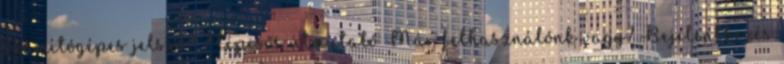
számítógépes jelszó? 7 lépcsős útmutató Már felhasználónk vagy? Bejelentkezés